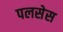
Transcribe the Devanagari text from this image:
पलसेस